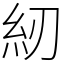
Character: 紉